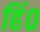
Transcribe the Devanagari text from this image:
हिं०